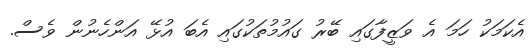
އެކަމަކު ހަމަ އެ ވަޒީފާގައި ބޭރު ގައުމުތަކުގައި އެބަ އުޅޭ އަންހެނުން ވެސް.